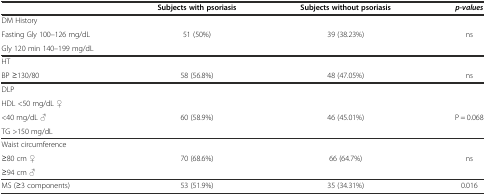
<table><thead><tr><td></td><td><b>Subjects with psoriasis</b></td><td><b>Subjects without psoriasis</b></td><td><b><i>p-values</i></b></td></tr></thead><tbody><tr><td>DM History</td><td></td><td></td><td></td></tr><tr><td>Fasting Gly 100–126 mg/dL</td><td>51 (50%)</td><td>39 (38.23%)</td><td>ns</td></tr><tr><td>Gly 120 min 140–199 mg/dL</td><td></td><td></td><td></td></tr><tr><td>HT</td><td></td><td></td><td></td></tr><tr><td>BP ≥130/80</td><td>58 (56.8%)</td><td>48 (47.05%)</td><td>ns</td></tr><tr><td>DLP</td><td></td><td></td><td></td></tr><tr><td>HDL &lt;50 mg/dL ♀</td><td></td><td></td><td></td></tr><tr><td>&lt;40 mg/dL ♂</td><td>60 (58.9%)</td><td>46 (45.01%)</td><td>P = 0.068</td></tr><tr><td>TG &gt;150 mg/dL</td><td></td><td></td><td></td></tr><tr><td>Waist circumference</td><td></td><td></td><td></td></tr><tr><td>≥80 cm ♀</td><td>70 (68.6%)</td><td>66 (64.7%)</td><td>ns</td></tr><tr><td>≥94 cm ♂</td><td></td><td></td><td></td></tr><tr><td>MS (≥3 components)</td><td>53 (51.9%)</td><td>35 (34.31%)</td><td>0.016</td></tr></tbody></table>